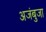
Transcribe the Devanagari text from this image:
अजंबुजा